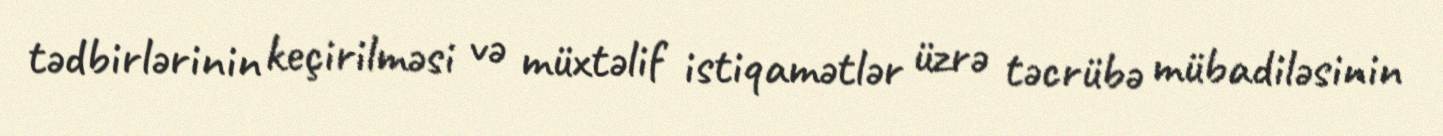
tədbirlərinin keçirilməsi və müxtəlif istiqamətlər üzrə təcrübə mübadiləsinin